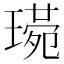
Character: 𤨰